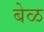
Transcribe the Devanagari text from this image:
बेळ